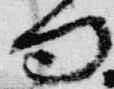
句